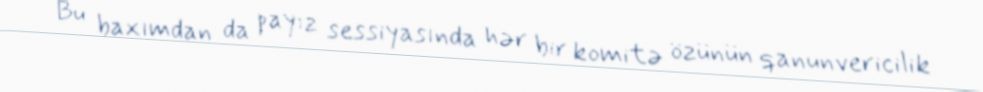
Bu baxımdan da payız sessiyasında hər bir komitə özünün qanunvericilik